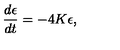
\frac { d \epsilon } { d t } = - 4 K \epsilon ,